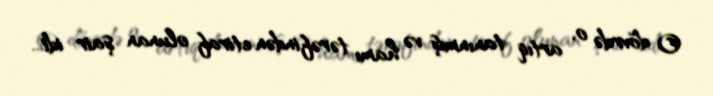
O dövrdə o, artıq tanınmış və hamı tərəfindən etiraf olunan şair idi...